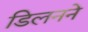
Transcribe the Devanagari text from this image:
डिलनने